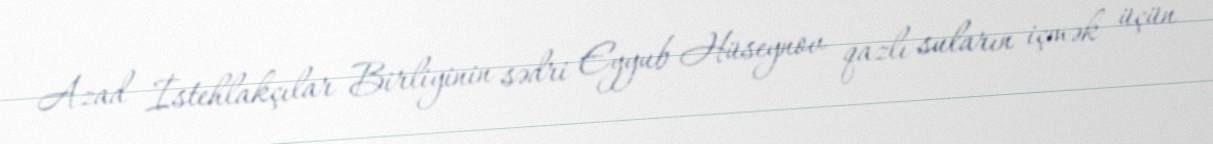
Azad İstehlakçılar Birliyinin sədri Eyyub Hüseynov qazlı suların içmək üçün